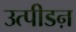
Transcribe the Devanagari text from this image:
उत्पीडऩ